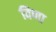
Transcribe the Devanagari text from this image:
विणा